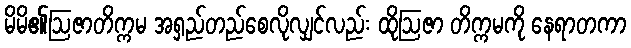
မိမိ၏ဩဇာတိက္ကမ အရှည်တည်စေလိုလျှင်လည်း ထိုဩဇာ တိက္ကမကို နေရာတကာ